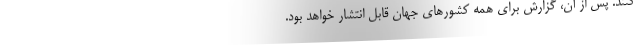
کنند. پس از آن، گزارش برای همه کشورهای جهان قابل انتشار خواهد بود.